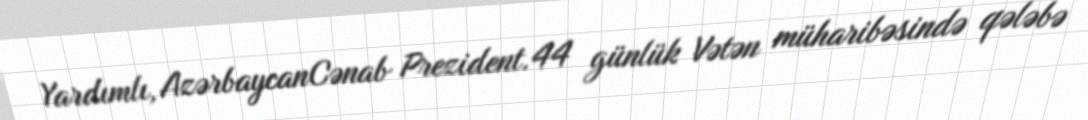
Yardımlı, AzərbaycanCənab Prezident.44 günlük Vətən müharibəsində qələbə